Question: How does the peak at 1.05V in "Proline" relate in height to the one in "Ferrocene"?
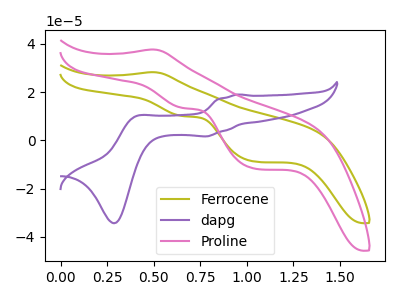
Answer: <think>The olive curve "Ferrocene" has an anodic peak at (0.50V, 28.25uA) and cathodic peaks at (0.65V, 10.05uA) (1.05V, -8.85uA). The purple curve "dapg" has anodic peaks at (0.95V, 19.00uA) (0.40V, 10.00uA) and cathodic peaks at (0.80V, 1.65uA) (0.30V, -34.35uA). The pink curve "Proline" has an anodic peak at (0.50V, 37.65uA) and cathodic peaks at (0.65V, 13.40uA) (1.05V, -11.75uA).</think>
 <answer>The peak at 1.05V is higher in "Proline" than in "Ferrocene".</answer>
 <eval>higher</eval>